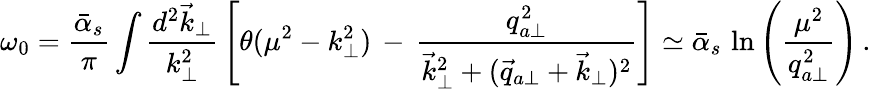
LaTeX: \omega_{0}={\frac{\bar{\alpha}_{s}}{\pi}}\int{\frac{d^{2}\vec{k}_{\perp}}{k_{\perp}^{2}}}\left[\theta(\mu^{2}-k_{\perp}^{2})\, -\, {\frac{q_{a\perp}^{2}}{\vec{k}_{\perp}^{2}+(\vec{q}_{a\perp}+\vec{k}_{\perp})^{2}}}\right]\simeq{\bar{\alpha}_{s}}\, \ln\left({\frac{\mu^{2}}{q_{a\perp}^{2}}}\right)\, .